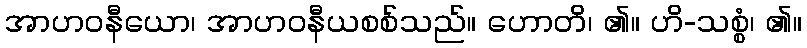
အာဟဝနီယော၊ အာဟဝနီယစစ်သည်။ ဟောတိ၊ ၏။ ဟိ-သစ္စံ၊ ၏။